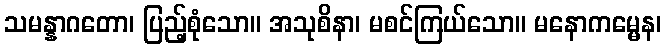
သမန္နာဂတော၊ ပြည့်စုံသော။ အသုစိနာ၊ မစင်ကြယ်သော။ မနောကမ္မေန၊